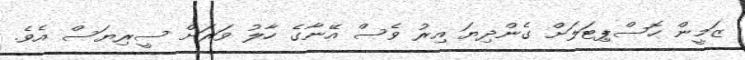
ޒަމީން ހޮސްޕިޓަލަށް ގެންދިޔަ އިރު ވެސް އޭނާގެ ހާލު ވަރަށް ސީރިޔަސް އެވެ.